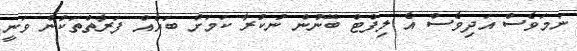
ނަމަވެސް އަދިވެސް އެ ލިފްޓް ބޭނުން ނުކުރާ ކަމަށް ބައެއް ފަރާތްތަކުން ވަނީ